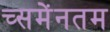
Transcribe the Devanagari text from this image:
च्समेंनतम